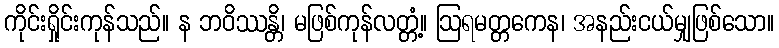
ကိုင်းရှိုင်းကုန်သည်။ န ဘဝိဿန္တိ၊ မဖြစ်ကုန်လတ္တံ့။ ဩရမတ္တကေန၊ အနည်းငယ်မျှဖြစ်သော။